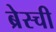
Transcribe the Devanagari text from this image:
ब्रेस्ची